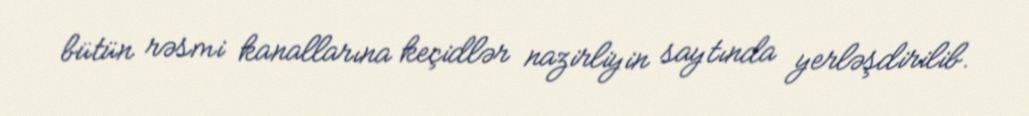
bütün rəsmi kanallarına keçidlər nazirliyin saytında yerləşdirilib.